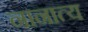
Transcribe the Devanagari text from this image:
नानात्य